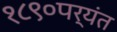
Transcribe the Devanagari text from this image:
१८९०पर्यंत